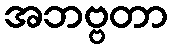
အဘဗ္ဗတာ